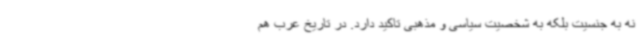
نه به جنسیت بلکه به شخصیت سیاسی و مذهبی تاکید دارد. در تاریخ عرب هم